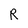
Character: R